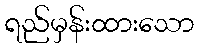
ရည်မှန်းထားသော